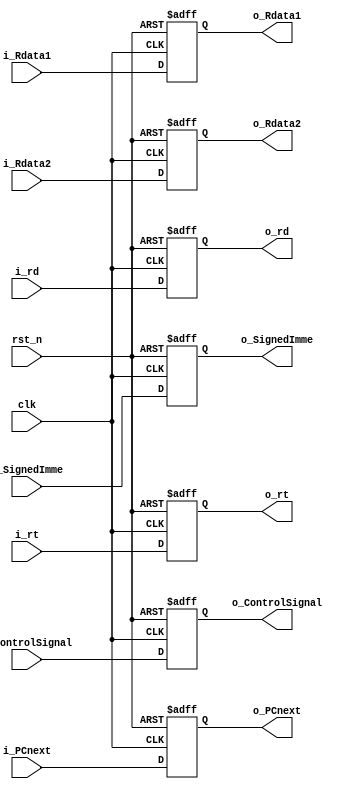
module ID_EX(
    input clk, rst_n,
    input [8:0] i_ControlSignal, // 8-7 : ALUOp, 6: ALUSrc, 5: RegDst / 4: Branch, 3: MemRead, 2: MemWrite / 1: RegWrite, 0: MemtoReg
    // The order is sorted so that MSB must be firstly used each stage. 
    input [31:0] i_PCnext,
    input [31:0] i_Rdata1, i_Rdata2,
    input [31:0] i_SignedImme,
    input [4:0] i_rt, i_rd,
    output reg [8:0] o_ControlSignal,
    output reg [31:0] o_PCnext,
    output reg [31:0] o_Rdata1, o_Rdata2,
    output reg [31:0] o_SignedImme,
    output reg [4:0] o_rt, o_rd
);

always @(posedge clk, negedge rst_n) begin
if(!rst_n)
    {o_ControlSignal, o_PCnext, o_Rdata1, o_Rdata2, o_SignedImme, o_rt, o_rd} <= 142'b0;
else 
    {o_ControlSignal, o_PCnext, o_Rdata1, o_Rdata2, o_SignedImme, o_rt, o_rd} 
    <= {i_ControlSignal, i_PCnext, i_Rdata1, i_Rdata2, i_SignedImme, i_rt, i_rd};
end

endmodule